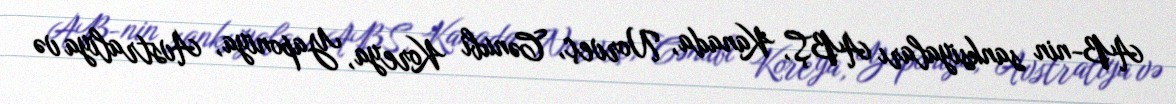
AB-nin sanksiyaları ABŞ, Kanada, Norveç, Cənubi Koreya, Yaponiya, Avstraliya və